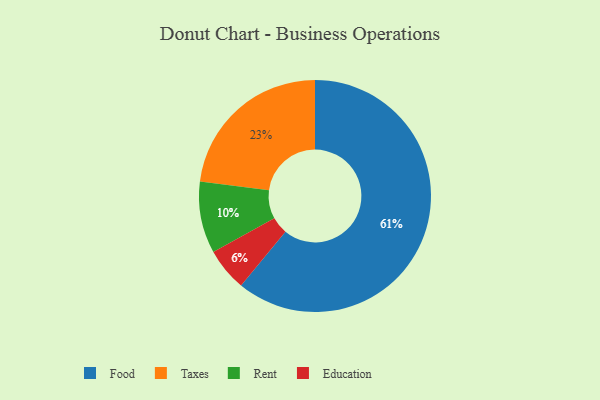
{"axis": {"x": "Category", "y": "Percentage"}, "legend": ["Education", "Food", "Rent", "Taxes"], "data": [{"x": "Food", "y": 61, "type": "Food"}, {"x": "Education", "y": 6, "type": "Education"}, {"x": "Taxes", "y": 23, "type": "Taxes"}, {"x": "Rent", "y": 10, "type": "Rent"}]}